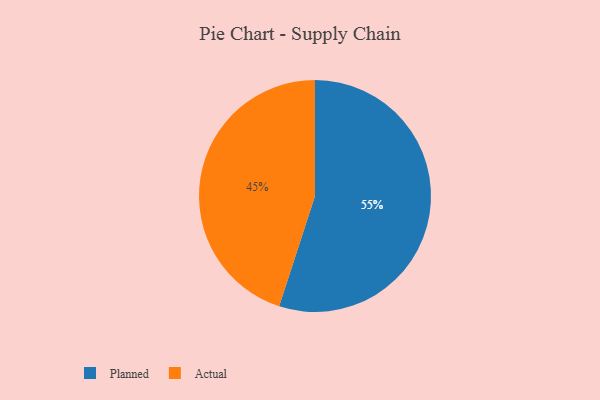
{"axis": {"x": "Category", "y": "Percentage"}, "legend": ["Actual", "Planned"], "data": [{"x": "Planned", "y": 55, "type": "Planned"}, {"x": "Actual", "y": 45, "type": "Actual"}]}